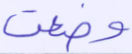
وضعت